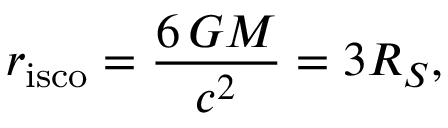
r _ { \mathrm { i s c o } } = { \frac { 6 \, G M } { c ^ { 2 } } } = 3 R _ { S } ,